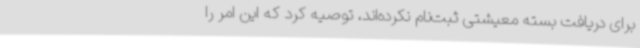
برای دریافت بسته معیشتی ثبت‌نام نکرده‌اند، توصیه کرد که این امر را